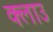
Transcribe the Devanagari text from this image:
क्लाउ